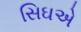
સિઘએ